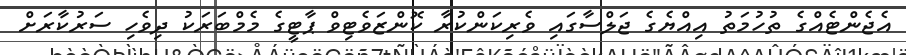
އެޖެންޓެއްގެ ތުހުމަތު އިއްޔެގެ ޖަލްސާގައި ވެރިކަންކުރާ ކޮންޒަވެޓިވް ޕާޓީގެ މެމްބަރަކު ދިވެހި ސަރުކާރަށް